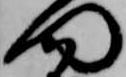
門